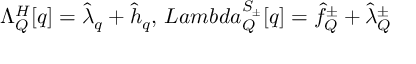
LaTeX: \Lambda _ { \cal Q } ^ { H } [ q ] = { \hat { \lambda } } _ { q } + { \hat { h } } _ { q } , \, L a m b d a _ { \cal Q } ^ { S _ { \pm } } [ q ] = { \hat { f } } _ { Q } ^ { \pm } + { \hat { \lambda } } _ { Q } ^ { \pm }